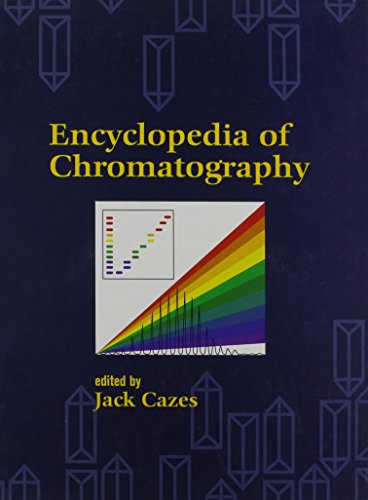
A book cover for Encyclopedia of Chromatography (Print) (Den New Dekker Encyclopedias); Science & Math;